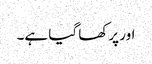
اور پرکھا گیا ہے۔